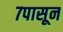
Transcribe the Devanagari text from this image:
७पासून